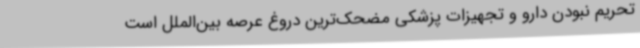
تحریم نبودن دارو و تجهیزات پزشکی مضحک‌ترین دروغ عرصه بین‌الملل است